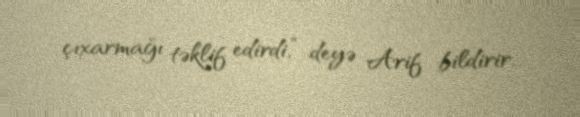
çıxarmağı təklif edirdi,” deyə Arif bildirir.